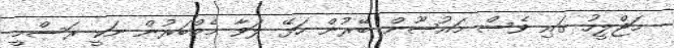
މަޖްލީހު ގައި ވެސް މައުޞޫން ބޭރުން ހަޅޭ ލަވާ މެމްބަރުން ނަކީ ރަސްމީ